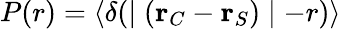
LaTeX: P(r)=\langle\delta(\mid(\textbf{r}_{C}-\textbf{r}_{S})\mid-r)\rangle